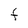
Character: f